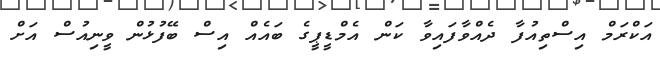
އަކްރަމް އިސްތިއުފާ ދެއްވާފައިވާ ކަން އެމްޑީޕީގެ ބައެއް އިސް ބޭފުޅުން ވީނިއުސް އަށް